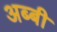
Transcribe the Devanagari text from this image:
अब्बी